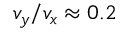
v _ { y } / v _ { x } \approx 0 . 2